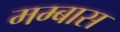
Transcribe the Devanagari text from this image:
मम्बास